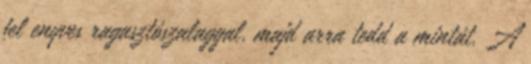
fel enyves ragasztószalaggal, majd arra tedd a mintát. A